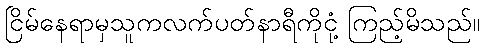
ငြိမ်နေရာမှသူကလက်ပတ်နာရီကိုငုံ့ ကြည့်မိသည်။